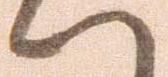
へ